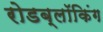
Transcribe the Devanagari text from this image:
रोडब्लॉकिंग